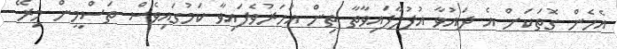
އެހެން ގޮތަކަށް އެ ދައުވާ އުފުލާފައިވާތާ ތިން އަހަރުވެފައިވާ ކަމުގައިވެސް ތަސްމީން މިރޭ